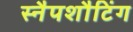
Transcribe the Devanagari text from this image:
स्नैपशौटिंग